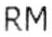
RM